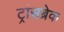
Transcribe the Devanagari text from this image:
ट्रांसब्रेक